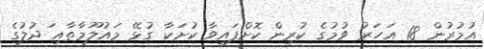
އުމުރުން 18 އަހަރު ވުމުގެ ކުރިން ކޮށްފައިވާ ކުށަކާ ގުޅޭ މައުލޫމާތާއި ަދުލުގެ